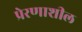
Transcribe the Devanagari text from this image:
प्रेरणाशील